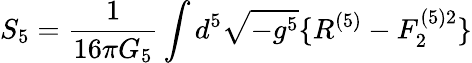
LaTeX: S_{5}=\frac{1}{16\pi G_{5}}\int d^{5}\sqrt{-g^{5}}\{ R^{(5)}-F_{2}^{(5)2}\}